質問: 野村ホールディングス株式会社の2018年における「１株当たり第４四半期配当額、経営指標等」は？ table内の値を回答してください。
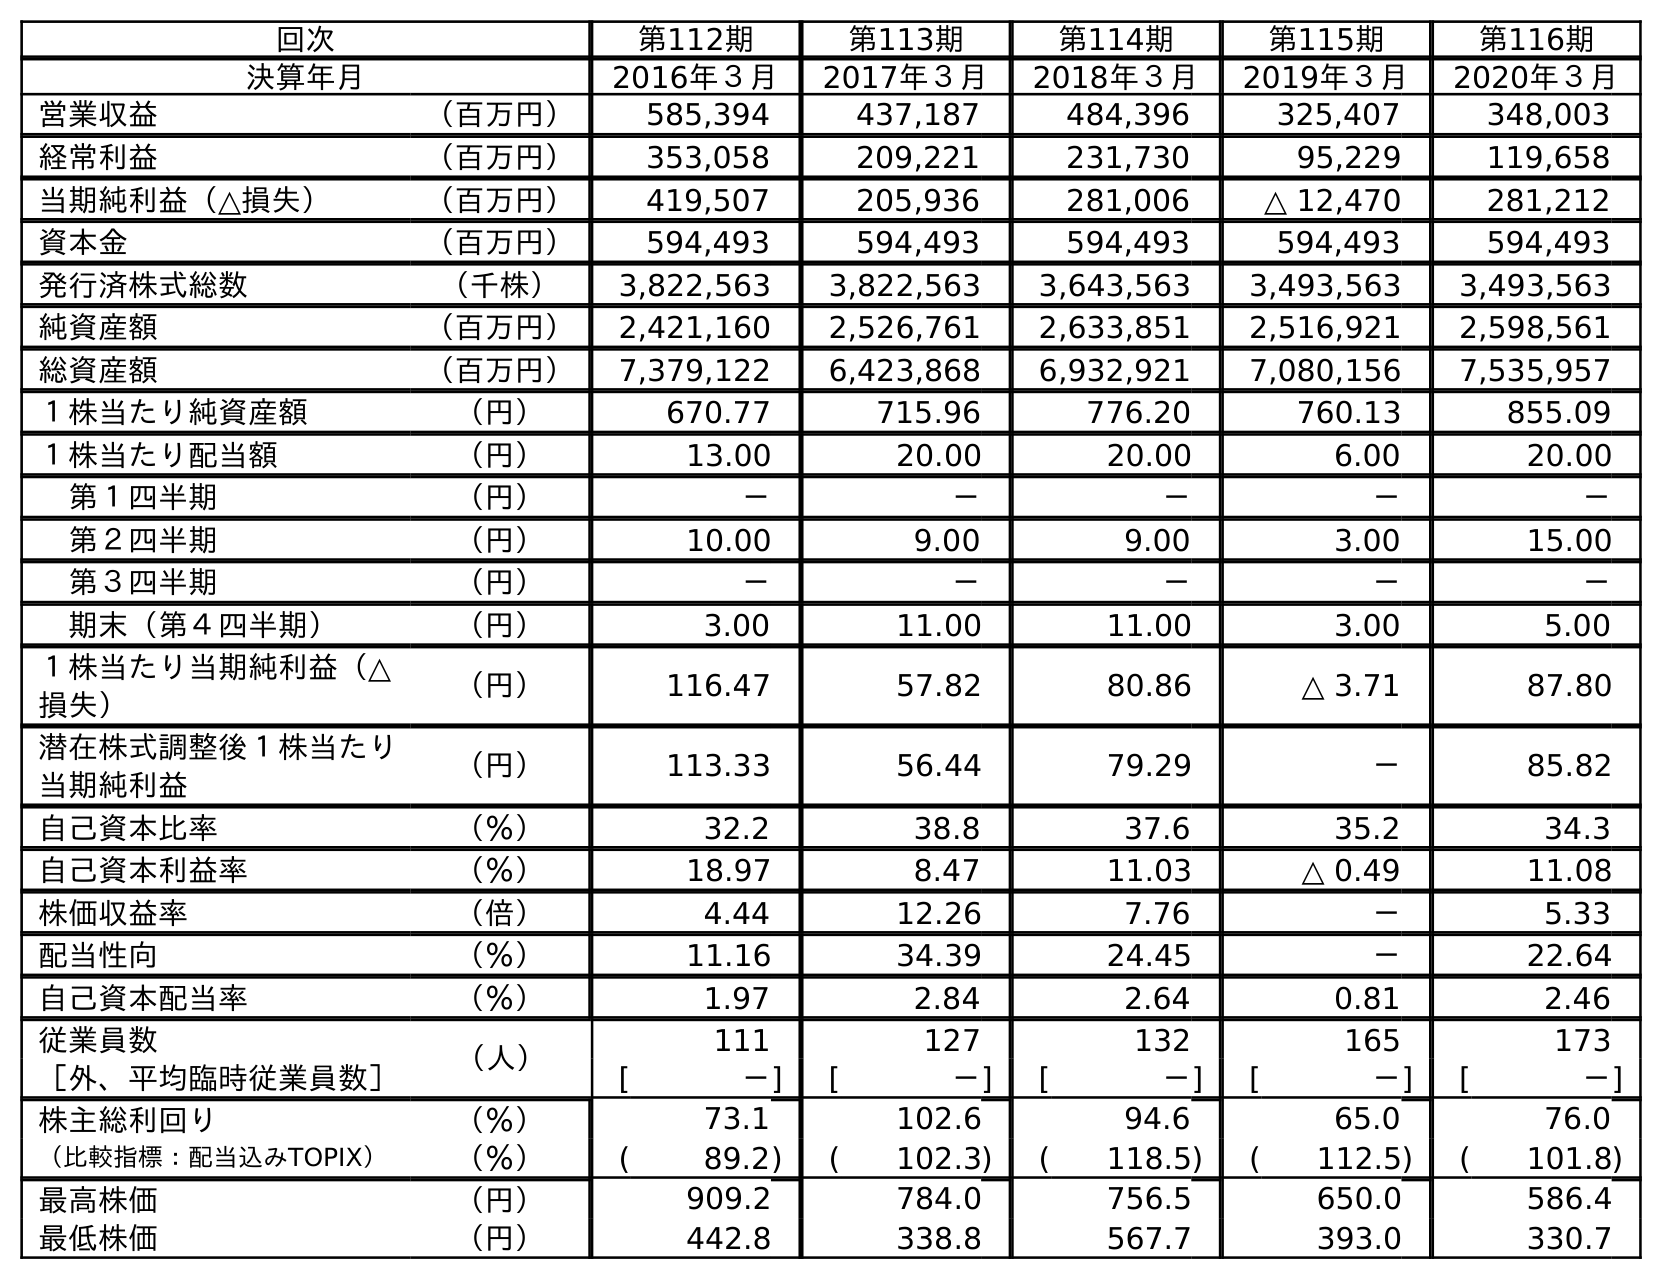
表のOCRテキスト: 回次 第112期 第113期 第114期 第115期 第116期 決算年月 2016年３月 2017年３月 2018年３月 2019年３月 2020年３月 営業収益 （百万円） 585,394 437,187 484,396 325,407 348,003 経常利益 （百万円） 353,058 209,221 231,730 95,229 119,658 当期純利益（△損失） （百万円） 419,507 205,936 281,006 △ 12,470 281,212 資本金 （百万円） 594,493 594,493 594,493 594,493 594,493 発行済株式総数 （千株） 3,822,563 3,822,563 3,643,563 3,493,563 3,493,563 純資産額 （百万円） 2,421,160 2,526,761 2,633,851 2,516,921 2,598,561 総資産額 （百万円） 7,379,122 6,423,868 6,932,921 7,080,156 7,535,957 １株当たり純資産額 （円） 670.77 715.96 776.20 760.13 855.09 １株当たり配当額 （円） 13.00 20.00 20.00 6.00 20.00 第１四半期 （円） － － － － － 第２四半期 （円） 10.00 9.00 9.00 3.00 15.00 第３四半期 （円） － － － － － 期末（第４四半期） （円） 3.00 11.00 11.00 3.00 5.00 １株当たり当期純利益（△ 損失） （円） 116.47 57.82 80.86 △ 3.71 87.80 潜在株式調整後１株当たり 当期純利益 （円） 113.33 56.44 79.29 － 85.82 自己資本比率 （％） 32.2 38.8 37.6 35.2 34.3 自己資本利益率 （％） 18.97 8.47 11.03 △ 0.49 11.08 株価収益率 （倍） 4.44 12.26 7.76 － 5.33 配当性向 （％） 11.16 34.39 24.45 － 22.64 自己資本配当率 （％） 1.97 2.84 2.64 0.81 2.46 従業員数 （人） 111 127 132 165 173 ［外、平均臨時従業員数］ [ －] [ －] [ －] [ －] [ －] 株主総利回り （％） 73.1 102.6 94.6 65.0 76.0 （比較指標：配当込みTOPIX） （％） ( 89.2) ( 102.3) ( 118.5) ( 112.5) ( 101.8) 最高株価 （円） 909.2 784.0 756.5 650.0 586.4 最低株価 （円） 442.8 338.8 567.7 393.0 330.7
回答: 11.00